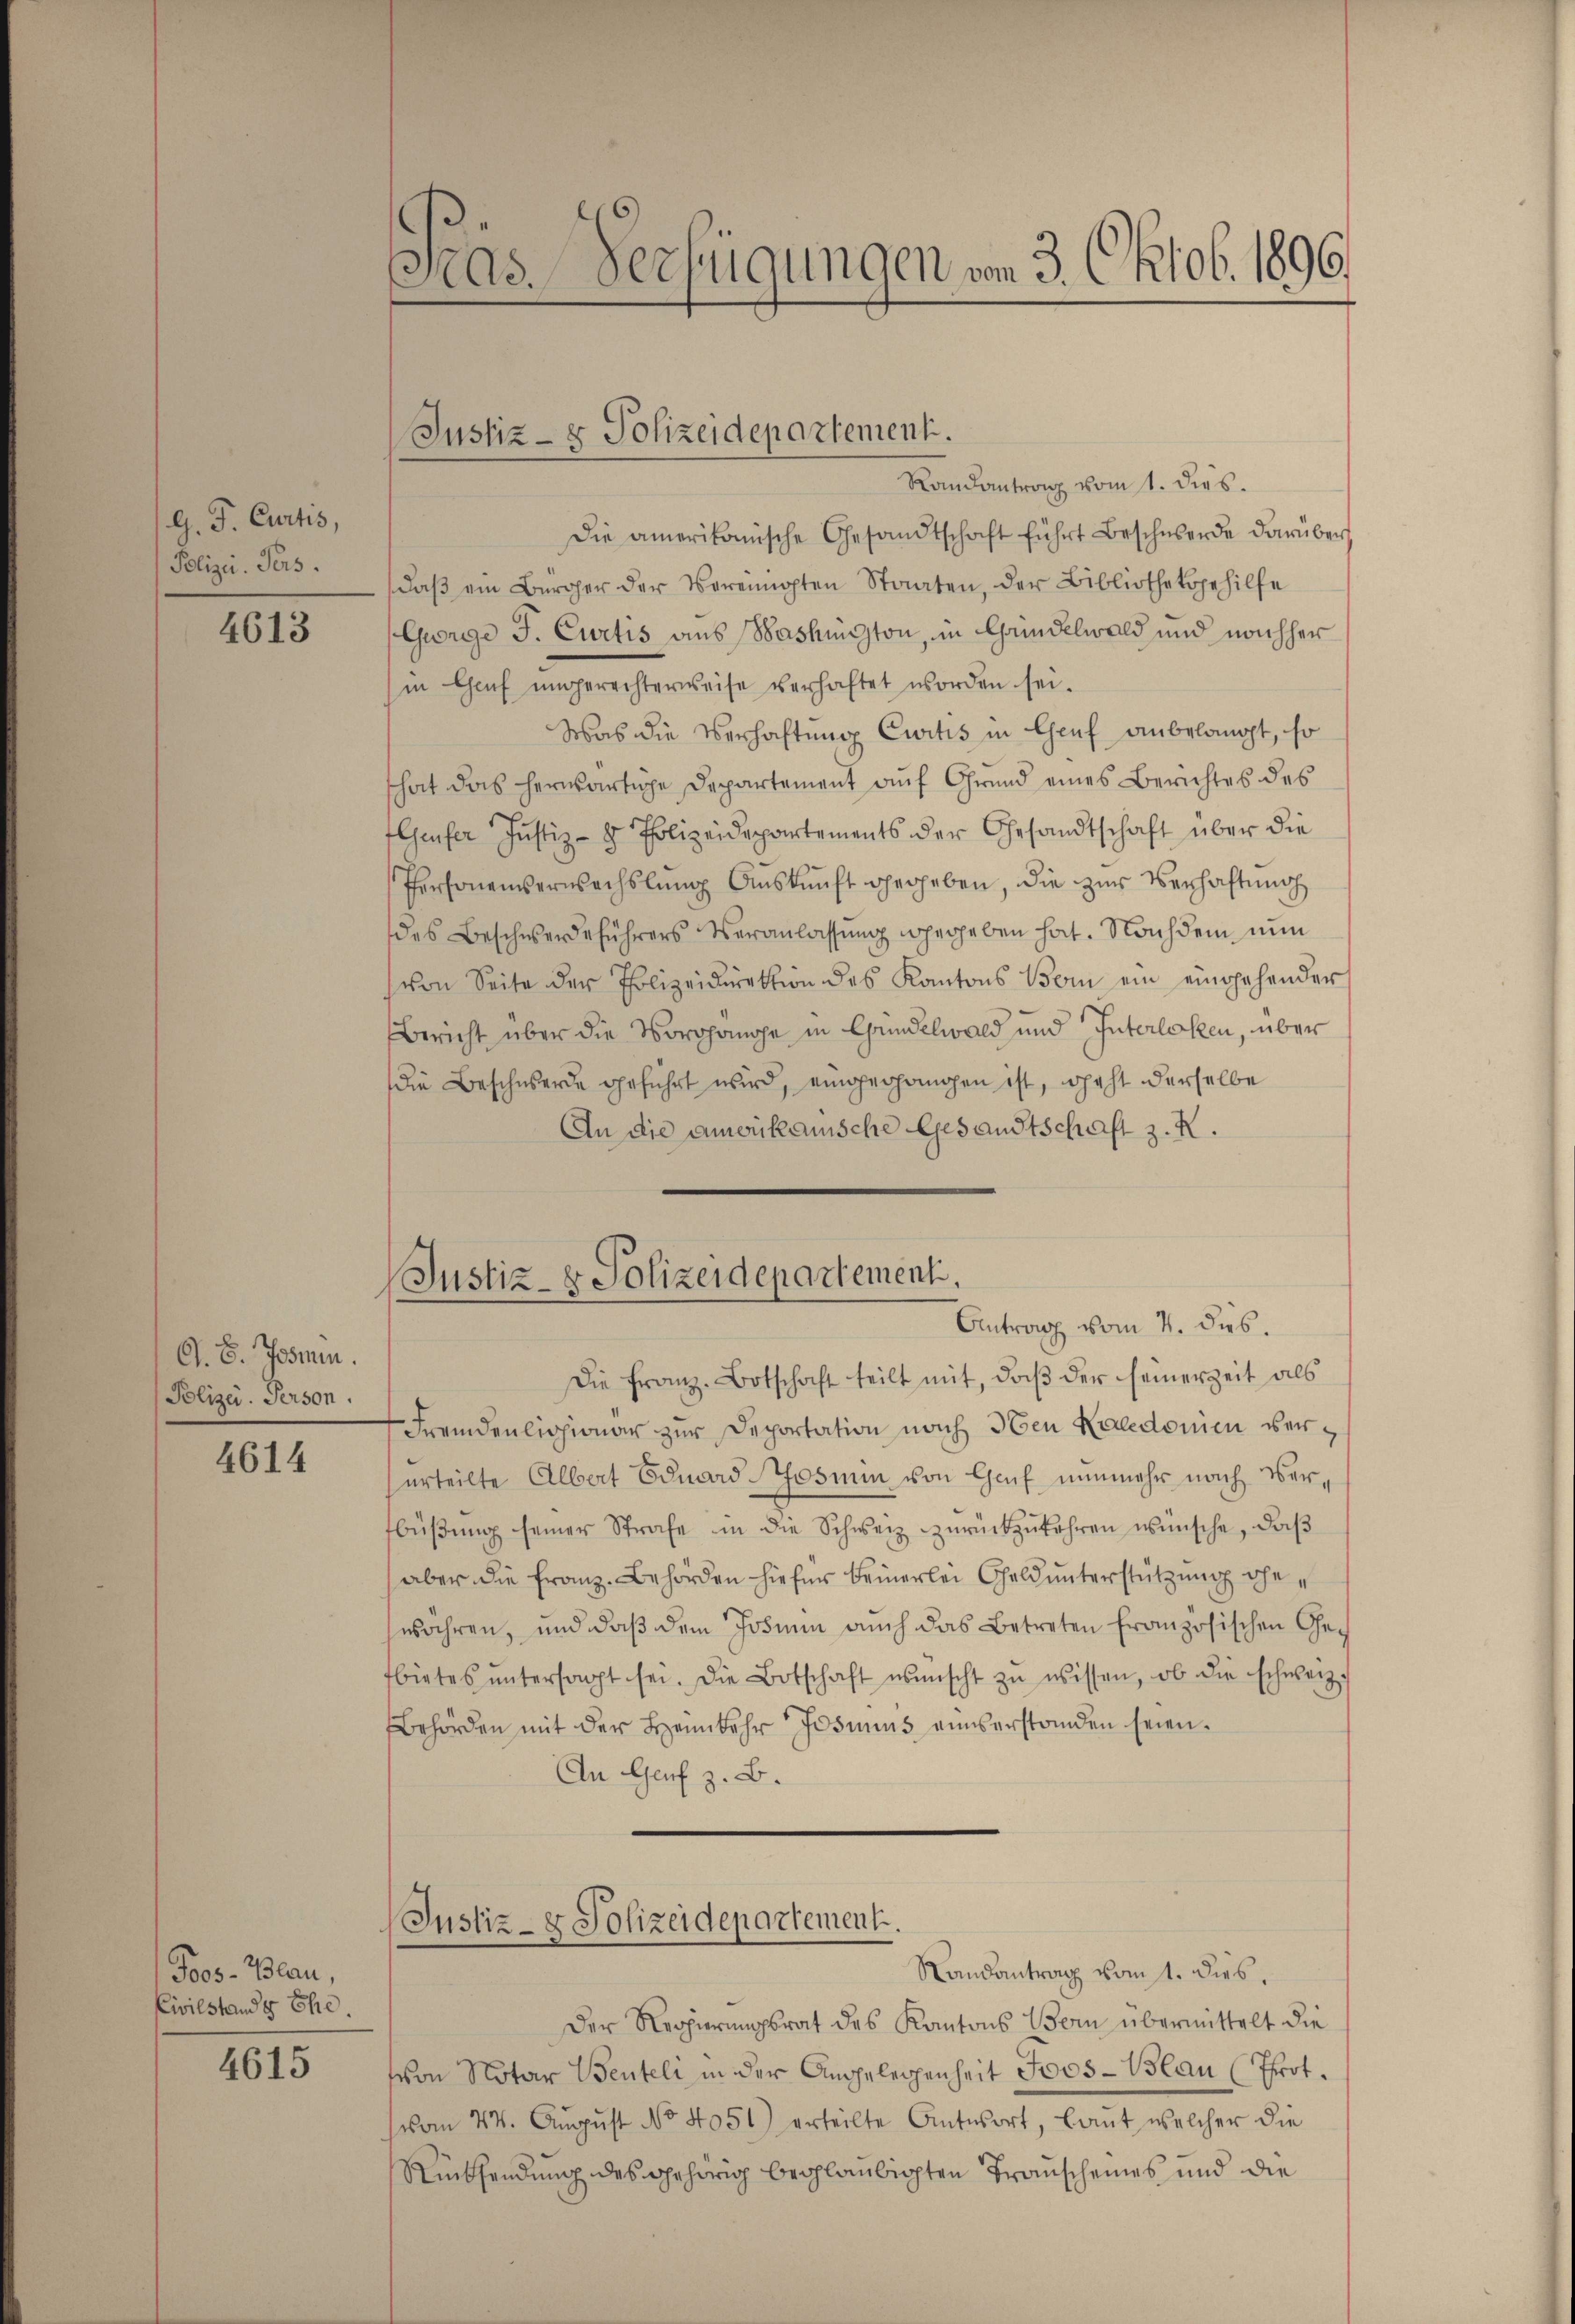
G. J. Curtis,
Polizei Pers.

4613

O. S. Josim.
Polizei- Person.

4614

Joos-Blau,
Civilstand & Ehe.

4615

Die Franz-Botschaft teilt mit, daß der seinerzeit als
Fremdenlichionar zur Deportation nach 3ten Kaledonien versurteilte Albat Eduard Tosium von Genf nunmehr nach Verfbüβŭng seiner Strafe in die Schweiz zurückzukehren wünsche, daß
aber die Franz-Behörden hiefür keinerlei Geld unterstützung ehewähren, und daß dem Josmen auch das Betreten französischen Gefbietes ŭntersagt sei. Die Botschaft wünscht zŭ wissen, ob die schweiz
Behörden mit der Heimkehr Josimus einverstanden seien.
An Genf z. B.

3.
Pras. Verfügungen von 3. Oktob. 1896.

Randantrag vom 1. dies.
Die amerikanische Gesandtschaft führt Beschwerde darüber
daβ ein Bürger der Vereinigten Staaten, der Bibliotheksgehilfe
(George J. Curtis aus Washington, in Grindelwald und nachher
in Genf ungerechterweise verhaftet worden sei.
Was die Verhaftung Ewitis in Chef anbelangt, so
that das herwärtige Departement auf Grund eines Berichtes des
flaufer Justiz- & Polizeidepartements der Gesandtschaft über die
Personenverwachslung Aŭskŭnft gegeben, die zŭr Verhaftung
des Beschwerdeführers Veranlassŭng herheben hat. Nachdem nun
von Seite der Polizeidirektion des Kantons Bei ein eingehender
Bericht über die Vorgange in Gundelwald und Interlaken, über
die Beschwerde geführt wird, eingegangen ist, geht derselbe
An die amerikanische Gesandtschaft z. K.

Justiz- & Polizeidepartement.

Justiz- & Polizeidepartement.
Antrag vom 4. dies.

Justiz- & Polizeidepartement.

Der Regierungsrat des Kantons Bern übermittelt die
(von Notar Benteli in der Angelegenheit Joos-Blau (Prot.
vom 24. Aŭgŭst No 4051) erteilte Antwort, laut welcher die
Rücksendung des gehörig beglaubigten Transcheines und die

Randantrag vom 1. dies,